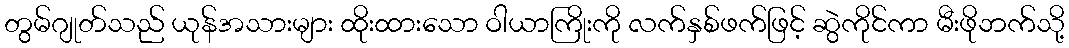
တွမ်ဂျုတ်သည် ယုန်အသားများ ထိုးထားသော ဝါယာကြိုးကို လက်နှစ်ဖက်ဖြင့် ဆွဲကိုင်ကာ မီးဖိုဘက်သို့